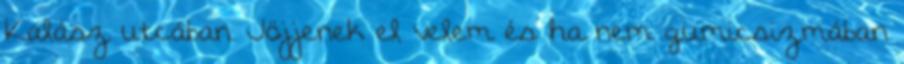
Kalász utcában. Jöjjenek el velem és ha nem gumicsizmában